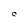
Character: C